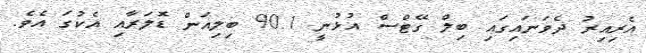
އެރިއިރު ދެވަނައިގައި ބިލް ގޭޓްސް އުޅުނީ 90.1 ބިލިއަން ޑޮލަރާއި އެކުގަ އެވެ.